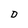
Character: D